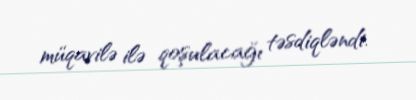
müqavilə ilə qoşulacağı təsdiqləndi.